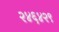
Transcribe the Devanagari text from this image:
२४६४२९